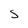
Character: S